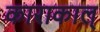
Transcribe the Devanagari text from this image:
काराकाल्